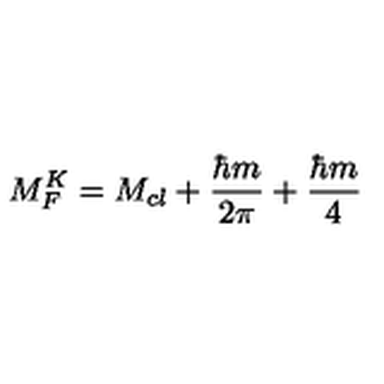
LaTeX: M _ { F } ^ { K } = M _ { c l } + \frac { \hbar m } { 2 \pi } + \frac { \hbar m } { 4 }